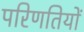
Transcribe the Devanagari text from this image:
परिणतियों